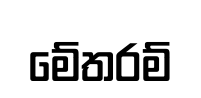
මේතරම්